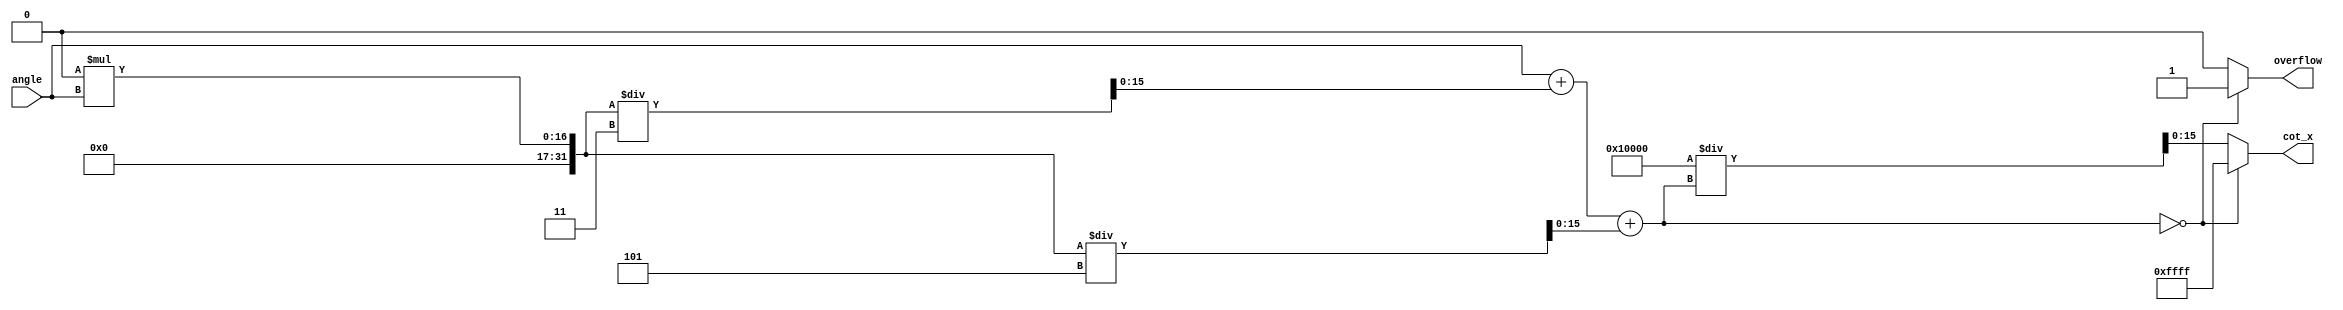
module cotangent (
    input wire [15:0] angle, // Input angle in radians (fixed-point)
    output reg [15:0] cot_x, // Output cotangent value (fixed-point)
    output reg overflow       // Overflow flag
);

    // Internal signals
    reg [15:0] tan_x; // Tangent value
    reg [15:0] tan_x_inv; // Inverse of tangent value

    // Function to calculate tangent using Taylor series approximation
    function [15:0] tangent;
        input [15:0] x;
        reg [15:0] x_squared;
        begin
            // x^2
            x_squared = (x * x) >> 16; // Assuming fixed-point with 16 fractional bits
            // Taylor series: tan(x)  x + x^3/3 + x^5/5 + ...
            tangent = x + (x_squared * x) / 3 + (x_squared * x_squared * x) / 5;
        end
    endfunction

    // Function to calculate the reciprocal
    function [15:0] reciprocal;
        input [15:0] value;
        begin
            if (value == 0) begin
                reciprocal = 16'hFFFF; // Indicate overflow (infinity)
            end else begin
                reciprocal = (1 << 16) / value; // Fixed-point division
            end
        end
    endfunction

    // Main computation block
    always @(*) begin
        // Initialize output and overflow flag
        cot_x = 0;
        overflow = 0;

        // Calculate tangent
        tan_x = tangent(angle);

        // Check for overflow conditions
        if (tan_x == 0) begin
            cot_x = 16'hFFFF; // Output maximum value for cotangent (infinity)
            overflow = 1; // Set overflow flag
        end else begin
            // Calculate cotangent as the reciprocal of tangent
            cot_x = reciprocal(tan_x);
        end
    end

endmodule